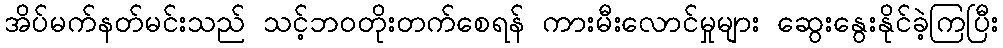
အိပ်မက်နတ်မင်းသည် သင့်ဘဝတိုးတက်စေရန် ကားမီးလောင်မှုများ ဆွေးနွေးနိုင်ခဲ့ကြပြီး